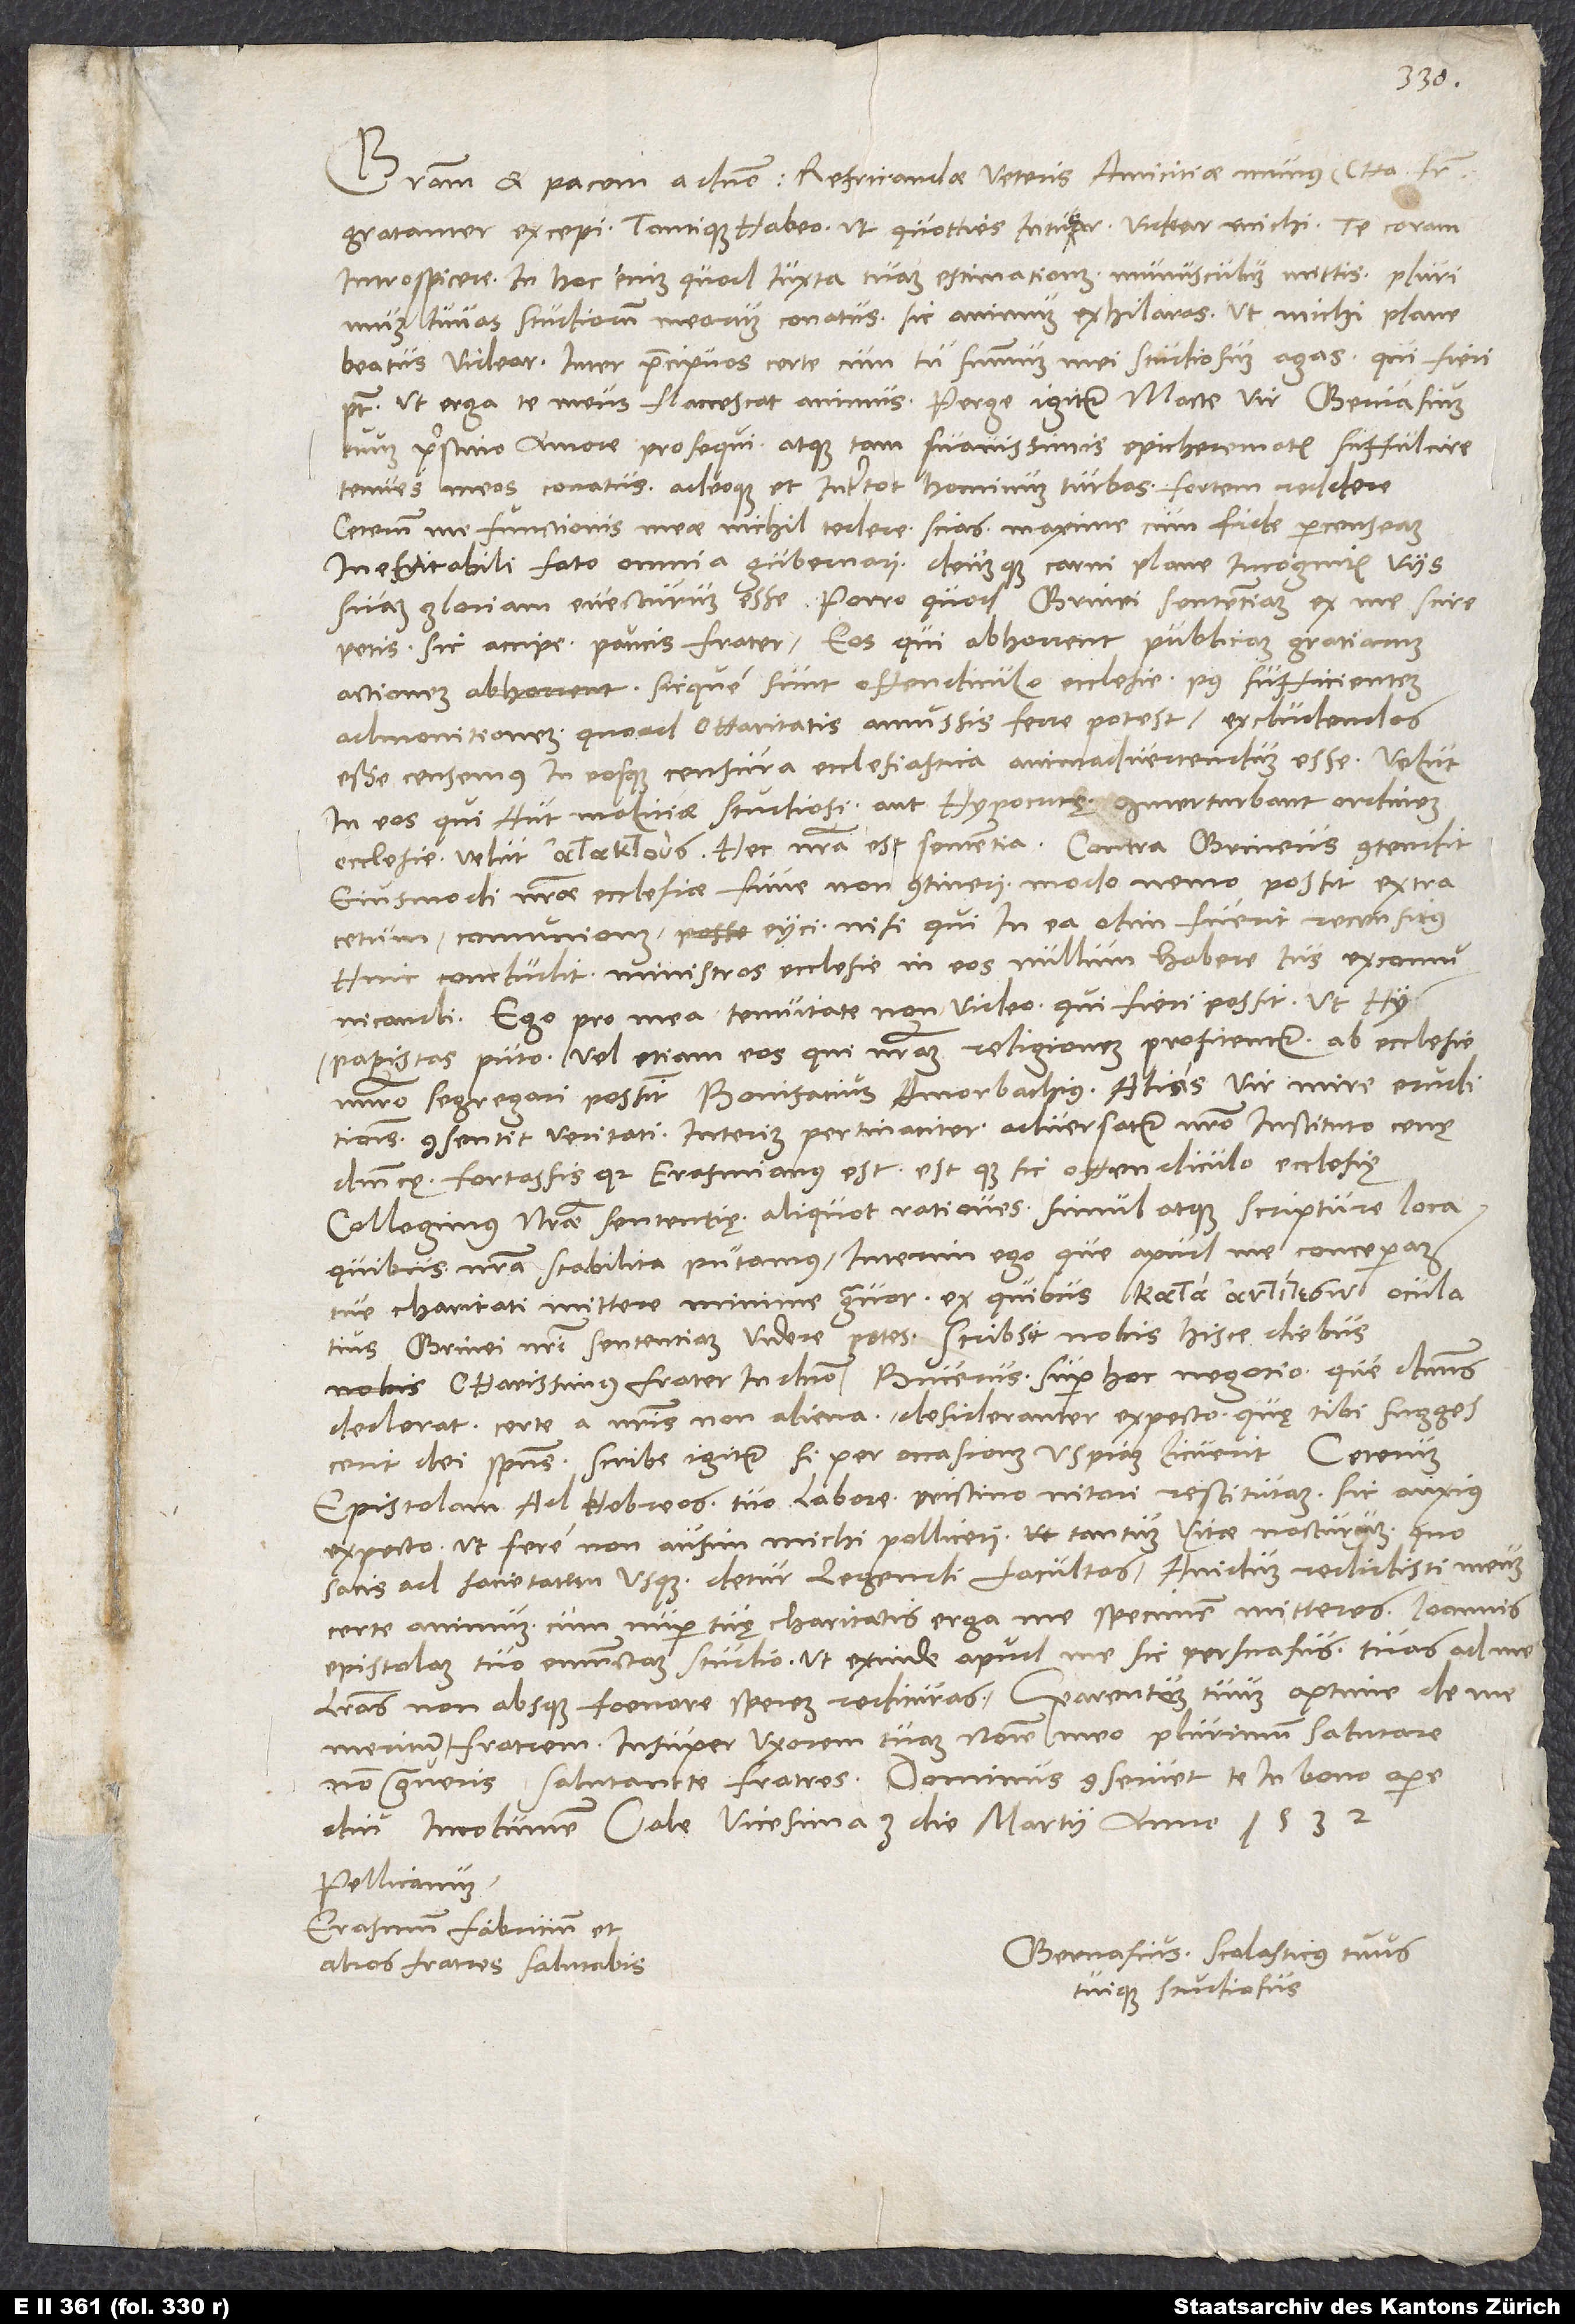
Gratiam et pacem a domino. Refricandae veteris amicitiae munus, charissime frater,
gratanter excepi tantique habeo, ut quotties intuear, videar michi te coram
introspicere. In hoc enim, quod iuxta tuam estimationem munusculum mittis, plurimum
iuvas studiorum meorum conatus; sic animum exhilaras, ut michi plane
beatus videar. Inter praecipuos certe cum tu summum mei studiosum agas, qui fieri
potest, ut erga te meus flaccescat animus? Perge igitur, macte vir, Gervasium
tuum pristino amore prosequi atque tam suavissimis epicherematis suffulcire
tenues meos conatus adeoque et inter tot hominum turbas fortem reddere.
Ceterum me functionis meae nichil tedere scias, maxime cum fide percenseam
inevitabili fato omnia gubernari deumque carni plane incognitis viis
suam gloriam evecturum esse. Porro quod Grinei sententiam ex me scire
petis, sic accipe paucis, frater. Eos, qui abhorrent publicam gratiarum
actionem sicque sunt offendiculo ecclesie, post sufficientem
admonitionem, quoad charitatis amussis ferre potest, excludendos
esse censemus, in eosque censura ecclesiastica animadvertendum esse velut
in eos, qui aut maliciae studiosi aut hypocritę interturbant ordinem
Grinei nostri sententiam videre potes. Scribsit nobis hisce diebus
charissimus frater in domino Bucerus super hoc negotio, que dominus
dederat, certe a nostris non aliena. Desideranter expecto, quę tibi suggescerit
dei spiritus. Scribe igitur, si per occasionem uspiam licuerit. Ceterum
epistolam ad Hebreos tuo labore pristino nitori restitutam sic anxius
expecto, ut fere non ausim michi polliceri tantum vitae nacturum, quo
satis ad sacietatem usque detur legendi facultas. Avidum redidisti meum
certe animum, cum nuper tuę charitatis erga me specimen mitteres, Ioannis
epistolam tuo emunctam studio, ut exinde apud me sic persuasus tuas ad me
litteras non absque foenore sperem redituras. Parentem tuum optime de me
meritum, fratrem, insuper uxorem tuam nomine meo plurimum salutare
non graveris. Salutant te fratres. Dominus conservet te in bono opere
diu incolumem. Vale. Vicesima 3. die martii anno 1532.
Pellicanum,
Erasmum Fabricium et
Gervasius Scolasticus tuus
alios fratres salutabis.
tuique studiosus.